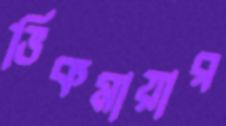
ভিকমায়ার